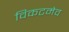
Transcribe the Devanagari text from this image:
विकटमेव